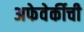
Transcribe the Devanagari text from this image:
अफेवेर्कीची